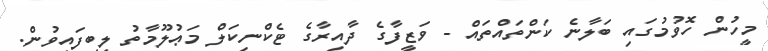
މީހުން ހޮވުމުގައި ބަލާނެ ކަންތައްތައް - ވަޒީފާގެ ދާއިރާގެ ޓެކްނިކަލް މަޢުލޫމާތު ލިބިފައިވުން.